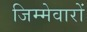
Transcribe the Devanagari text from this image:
जिम्मेवारों